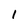
Character: l